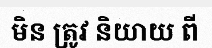
មិន ត្រូវ និយាយ ពី